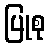
ပြုစု